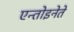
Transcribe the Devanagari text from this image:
एन्तोइनेते